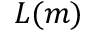
L ( m )